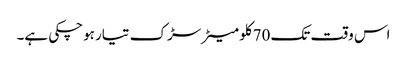
اس وقت تک 70کلو میٹر سڑک تیار ہوچکی ہے۔